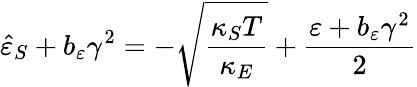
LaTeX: \hat{\varepsilon}_{S}+b_{\varepsilon}\gamma^{2}=-\sqrt{\frac{\kappa_{S}T}{\kappa_{E}}}+\frac{\varepsilon+b_{\varepsilon}\gamma^{2}}{2}